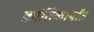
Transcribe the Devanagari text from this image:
क्रांतिकार्यांत